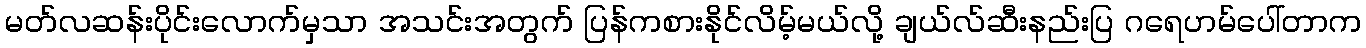
မတ်လဆန်းပိုင်းလောက်မှသာ အသင်းအတွက် ပြန်ကစားနိုင်လိမ့်မယ်လို့ ချယ်လ်ဆီးနည်းပြ ဂရေဟမ်ပေါ်တာက